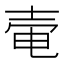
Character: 𡔩